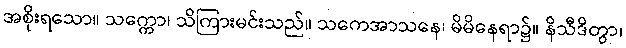
အစိုးရသော။ သက္ကော၊ သိကြားမင်းသည်။ သကေအာသနေ၊ မိမိနေရာ၌။ နိသီဒိတွာ၊